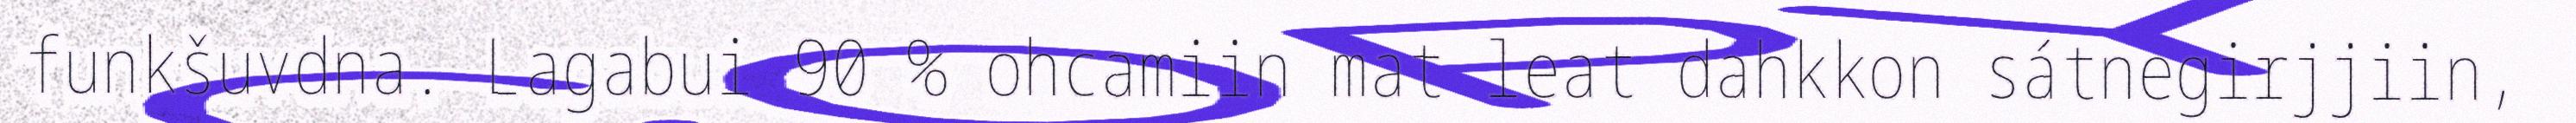
funkšuvdna. Lagabui 90 % ohcamiin mat leat dahkkon sátnegirjjiin,